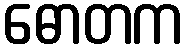
ဓောတက